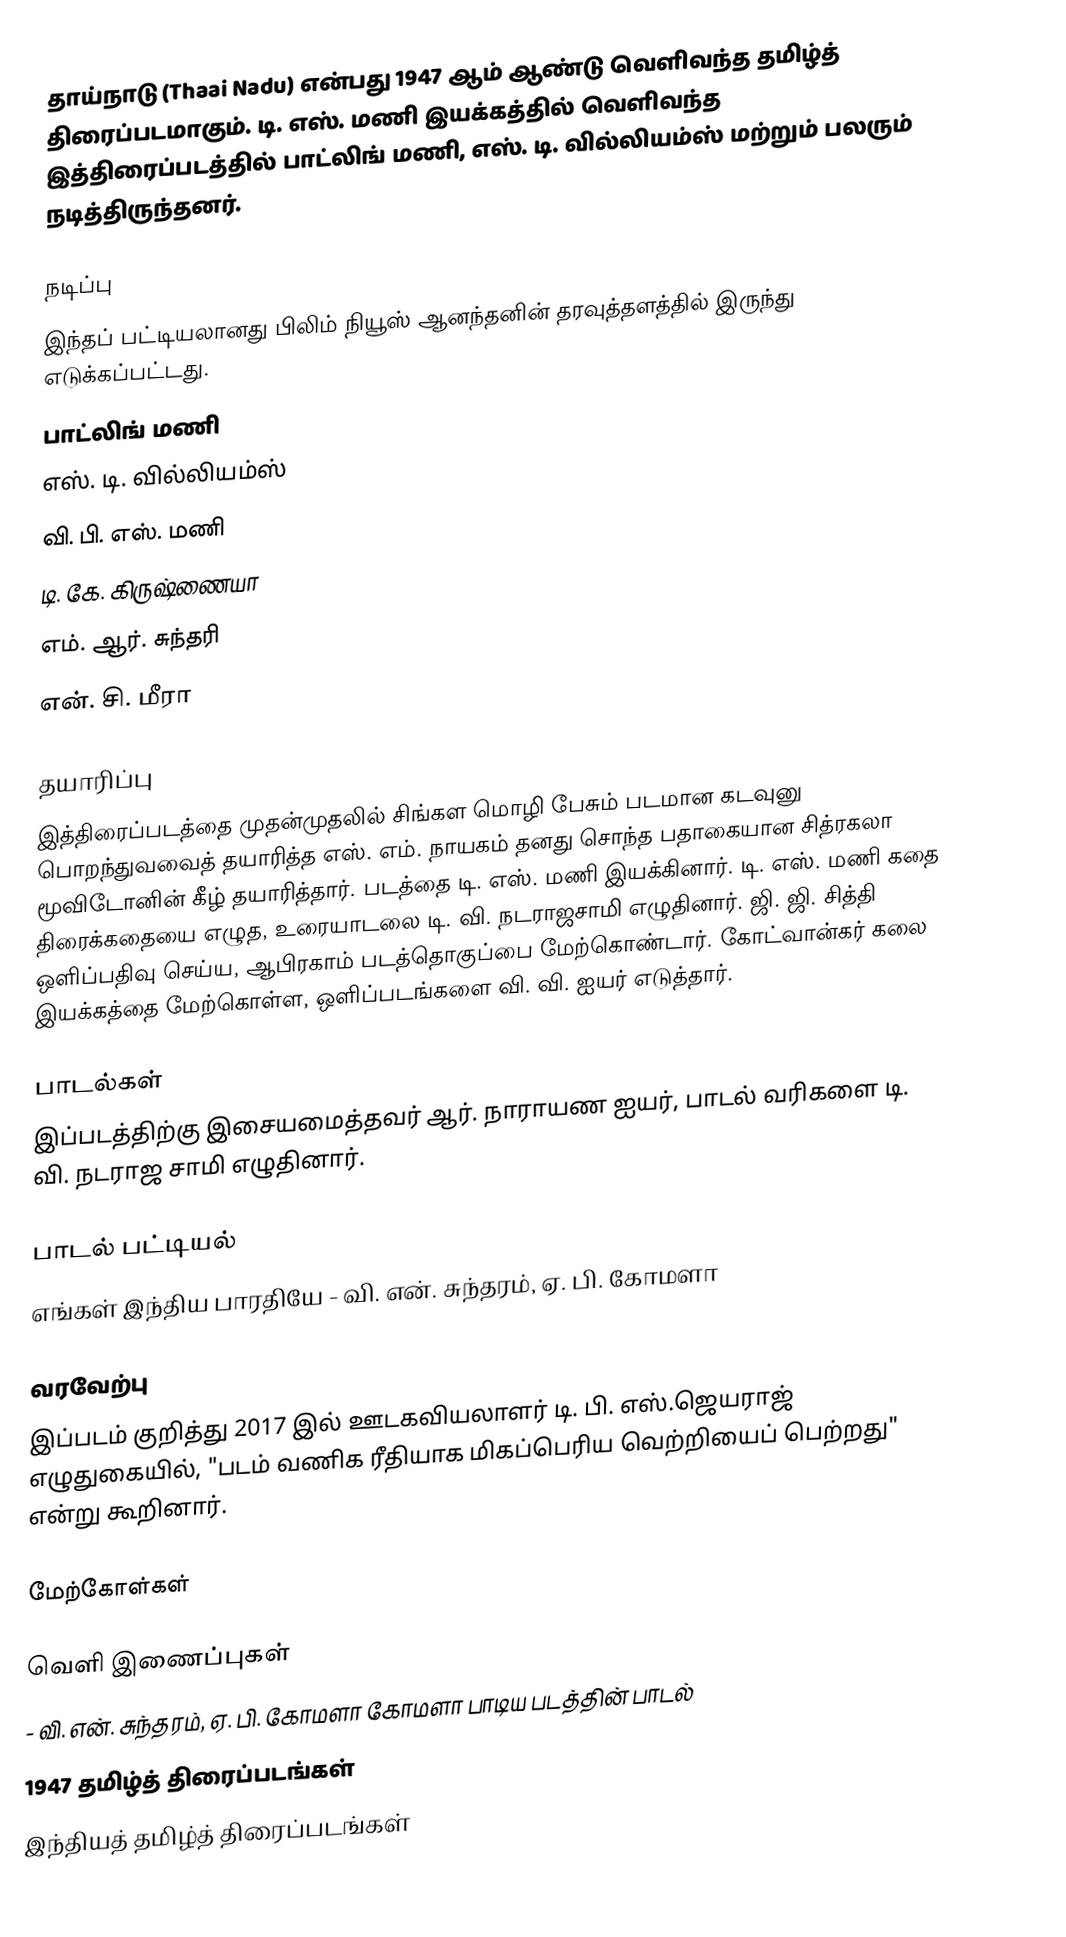
தாய்நாடு (Thaai Nadu) என்பது  1947 ஆம் ஆண்டு வெளிவந்த தமிழ்த் திரைப்படமாகும். டி. எஸ். மணி இயக்கத்தில் வெளிவந்த இத்திரைப்படத்தில் பாட்லிங் மணி, எஸ். டி. வில்லியம்ஸ் மற்றும் பலரும் நடித்திருந்தனர்.

நடிப்பு
இந்தப் பட்டியலானது பிலிம் நியூஸ் ஆனந்தனின் தரவுத்தளத்தில் இருந்து எடுக்கப்பட்டது.
பாட்லிங் மணி
எஸ். டி. வில்லியம்ஸ்
வி. பி. எஸ். மணி
டி. கே. கிருஷ்ணையா
எம். ஆர். சுந்தரி
என். சி. மீரா

தயாரிப்பு
இத்திரைப்படத்தை  முதன்முதலில் சிங்கள மொழி பேசும் படமான கடவுனு பொறந்துவவைத் தயாரித்த எஸ். எம். நாயகம் தனது சொந்த பதாகையான சித்ரகலா மூவிடோனின் கீழ் தயாரித்தார். படத்தை டி. எஸ். மணி இயக்கினார். டி. எஸ். மணி கதை திரைக்கதையை எழுத, உரையாடலை  டி. வி. நடராஜசாமி எழுதினார். ஜி. ஜி. சித்தி ஒளிப்பதிவு செய்ய, ஆபிரகாம் படத்தொகுப்பை மேற்கொண்டார்.  கோட்வான்கர் கலை இயக்கத்தை மேற்கொள்ள, ஒளிப்படங்களை வி. வி. ஐயர் எடுத்தார்.

பாடல்கள்
இப்படத்திற்கு இசையமைத்தவர் ஆர். நாராயண ஐயர், பாடல் வரிகளை டி. வி. நடராஜ சாமி எழுதினார்.

பாடல் பட்டியல்
எங்கள் இந்திய பாரதியே - வி. என். சுந்தரம், ஏ. பி. கோமளா

வரவேற்பு
இப்படம் குறித்து 2017 இல்  ஊடகவியலாளர் டி. பி. எஸ்.ஜெயராஜ் எழுதுகையில், "படம் வணிக ரீதியாக மிகப்பெரிய வெற்றியைப் பெற்றது" என்று கூறினார்.

மேற்கோள்கள்

வெளி இணைப்புகள்
 - வி. என். சுந்தரம், ஏ. பி. கோமளா கோமளா பாடிய படத்தின் பாடல்
1947 தமிழ்த் திரைப்படங்கள்
இந்தியத் தமிழ்த் திரைப்படங்கள்